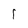
Character: 1